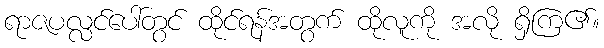
ရာဇပလ္လင်ပေါ်တွင် ထိုင်ရန်အတွက် ထိုလူကို အလို ရှိကြ၏။